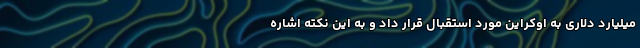
میلیارد دلاری به اوکراین مورد استقبال قرار داد و به این نکته اشاره